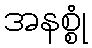
အနစ္စုံ